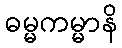
ဓမ္မကမ္မာနိ